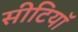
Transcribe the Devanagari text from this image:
सीटियाॅ